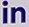
in